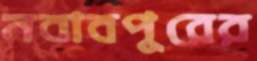
নবাবপুরের